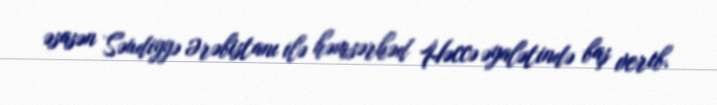
əsasən Səudiyyə Ərəbistanı ilə həmsərhəd Həccə əyalətində baş verib.